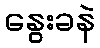
နွေးခနဲ